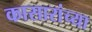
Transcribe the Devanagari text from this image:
कासारांच्या